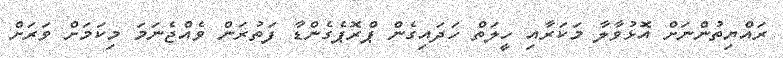
ރައްޔިތުންނަށް އޮޅުވާލާ މަކަރާއި ހީލަތް ހަދައިގެން ޕްރޮޕެގެންޑާ ފަތުރަން ވެއްޖެނަމަ މިކަމަށް ވަަރަށް